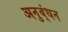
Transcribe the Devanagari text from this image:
अनुब्ंधन